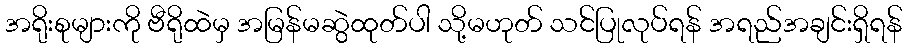
အရိုးစုများကို ဗီရိုထဲမှ အမြန်မဆွဲထုတ်ပါ သို့မဟုတ် သင်ပြုလုပ်ရန် အရည်အချင်းရှိရန်